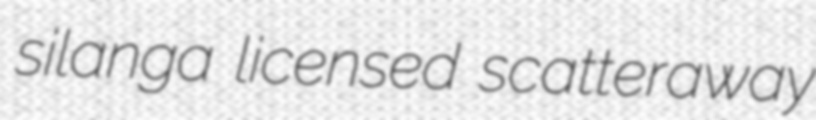
silanga licensed scatteraway